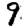
Digit: 9